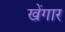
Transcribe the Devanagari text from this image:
खेंगार